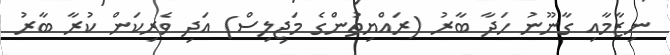
ނިޒާމާއި ގާނޫނު ހަދާ ބާރު (ރައްޔިތުންގެ މަޖިލިސް) އަދި ވެރިކަން ކުރާ ބާރު